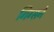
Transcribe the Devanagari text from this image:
गिग्सने